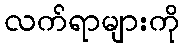
လက်ရာများကို